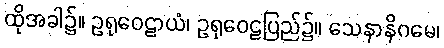
ထိုအခါ၌။ ဥရုဝေဠာယံ၊ ဥရုဝေဠပြည်၌။ သေနာနိဂမေ၊